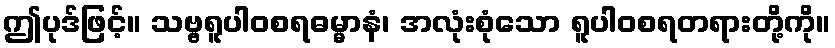
ဤပုဒ်ဖြင့်။ သဗ္ဗရူပါဝစရဓမ္မာနံ၊ အလုံးစုံသော ရူပါဝစရတရားတို့ကို။